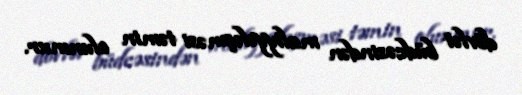
dövlət büdcəsindən maliyyələşməsi təmin olunmur.